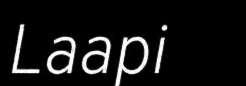
Laapi